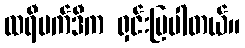
ထရီဗက်ဒီက ရှင်းပြပါတယ်။